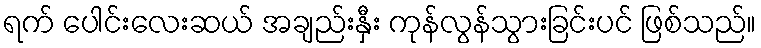
ရက် ပေါင်းလေးဆယ် အချည်းနှီး ကုန်လွန်သွားခြင်းပင် ဖြစ်သည်။